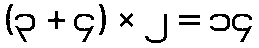
(၃ + ၄) × ၂ = ၁၄